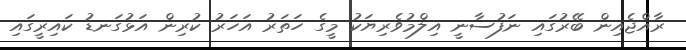
ރާއްޖެއިން ބޭރުގައި ނަފުސާނީ އިލްމުވެރިޔަކު މީގެ ހަތަރު އަހަރު ކުރިން އަޅުގަނޑު ކައިރީގައި